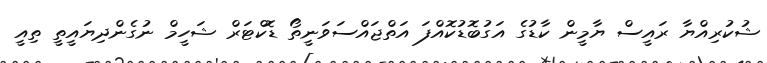
ޝުކުރިއްޔާ ރައީސް ޔާމީން ކާޑުގެ އަގުބޮޑުކޮއްފަ އަތްޖައްސަވަނީތޯ ޑޮކްޓަރް ޝަހީމް ނުގެންދިޔައީތީ ތިއީ